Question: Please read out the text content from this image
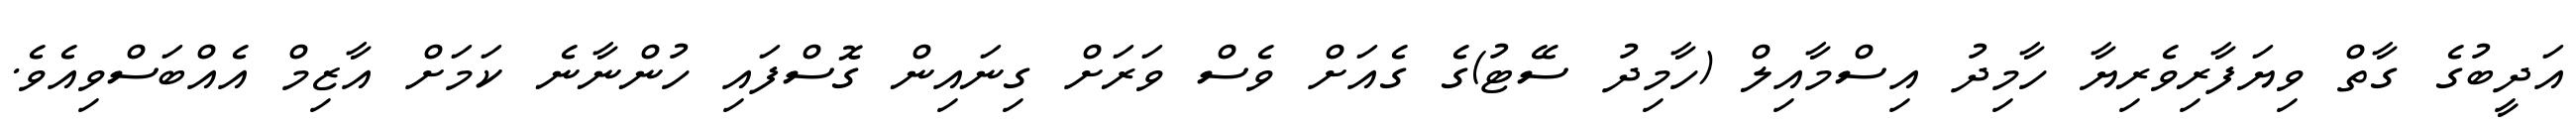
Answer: އަދީބުގެ ގާތް ވިޔަފާރިވެރިޔާ ހާމިދު އިސްމާއިލް (ހާމިދު ސޭޓު)ގެ ގެއަށް ވެސް ވަރަށް ގިނައިން ގޮސްފައި ހުންނާނެ ކަމަށް އާޒިމް އެއްބަސްވިއެވެ.